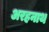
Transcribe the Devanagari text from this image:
अरहनाथ